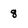
Character: 8